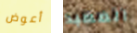
أعوض المعبد